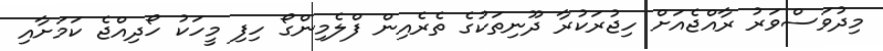
މިދުވަސްވަރު ރާއްޖެއަށް ހިޖުރަކުރާ ދޫނިތަކުގެ ތެރެއިން ފްލެމިންގޯ ހިފި މީހަކު ހޯދިއްޖެ ކަމަށާއި